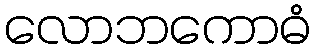
လောဘကောဓံ